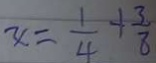
x = \frac { 1 } { 4 } + \frac { 3 } { 8 }